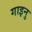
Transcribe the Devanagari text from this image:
गाइनु